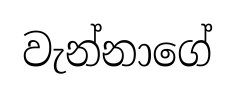
වැන්නාගේ